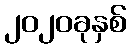
၂၀၂၀ခုနှစ်